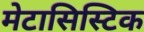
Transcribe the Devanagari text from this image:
मेटासिस्टिक